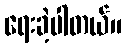
ရေးခဲ့ပါတယ်။